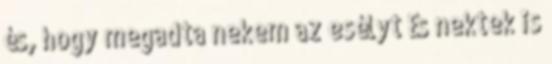
és, hogy megadta nekem az esélyt És nektek is